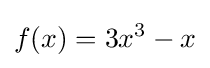
f(x)=3x^{3}-x